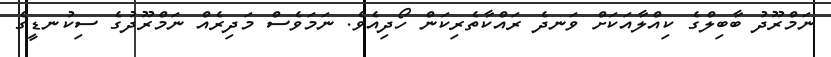
ނަމްރޫދު ބާބިލްގެ ކިއްލާއަކަށް ވަނދެ ރައްކާތެރިކަން ހޯދިއެވެ. ނަމަވެސް މަދިރެއް ނަމްރޫދުގެ ސިކުނޑީގެ